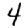
Digit: 4